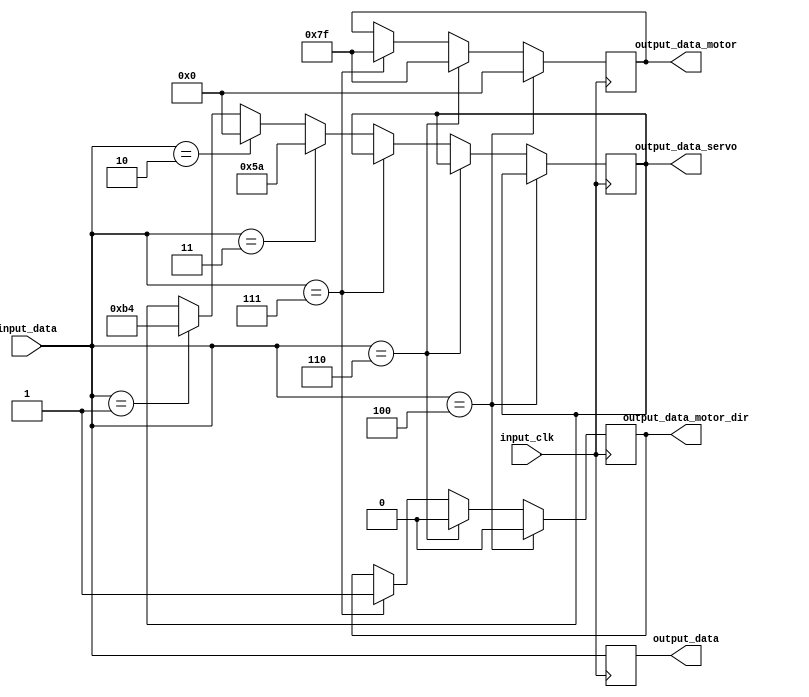
module arduino_bt_data(
	input_clk,
	input_data,
	output_data,
	output_data_motor,
	output_data_motor_dir,
	output_data_servo
);
	input input_clk;
	input[2:0] input_data;
	output reg[2:0] output_data;
	output reg[7:0] output_data_motor;
	output reg output_data_motor_dir;
	output reg[7:0] output_data_servo;

	always@(posedge input_clk)
	begin
	output_data <= input_data;
		if(input_data == 3'b100)
		begin
			output_data_motor<= 8'b0;
			output_data_motor_dir = 1'b0;
		end
		else if(input_data == 3'b110)
		begin
			output_data_motor<= 8'b01111111;
			output_data_motor_dir = 1'b0;
		end
		else if(input_data == 3'b111)
		begin
			output_data_motor<= 8'b01111111;
			output_data_motor_dir = 1'b1;
		end
		
		
		else if(input_data == 3'b011)
		begin
			output_data_servo <= 8'b01011010;
		end
		else if(input_data == 3'b010)
		begin
			output_data_servo <= 8'b0;
		end
		else if(input_data == 3'b001)
		begin
			output_data_servo <= 8'b10110100;
		end
		
	end

endmodule